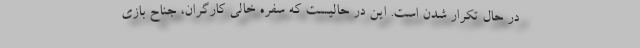
در حال تکرار شدن است. این در حالیست که سفره خالی کارگران، جناح بازی